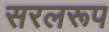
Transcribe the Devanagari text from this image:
सरलरूप